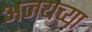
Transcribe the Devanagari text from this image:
अजयच्या